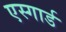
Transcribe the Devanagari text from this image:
एस्गार्ड